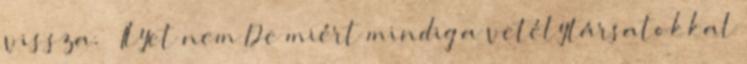
vissza. – Ilyet nem De miért mindig a vetélytársatokkal